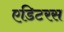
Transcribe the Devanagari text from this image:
एडिटरस